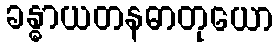
ခန္ဓာယတနဓာတုယော